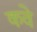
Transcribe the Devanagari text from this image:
कवे